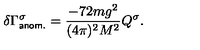
\delta \Gamma _ { \sf { a n o m . } } ^ { \sigma } = \frac { - 7 2 m g ^ { 2 } } { ( 4 \pi ) ^ { 2 } M ^ { 2 } } Q ^ { \sigma } .